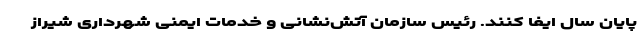
پایان سال ایفا کنند. رئیس سازمان آتش‌نشانی و خدمات ایمنی شهرداری شیراز